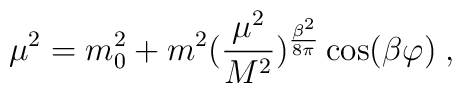
\mu^2=m_0^2+m^2({\frac {\mu^2}{M^2}})^      {{\frac {\beta^2}{8\pi}}}\cos(\beta\varphi) \;,